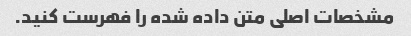
مشخصات اصلی متن داده شده را فهرست کنید.